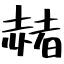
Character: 赭